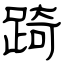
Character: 踦